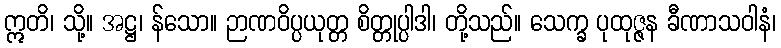
ဣတိ၊ သို့။ အဋ္ဌ၊ န်သော။ ဉာဏဝိပ္ပယုတ္တ စိတ္တုပ္ပါဒါ၊ တို့သည်။ သေက္ခ ပုထုဇ္ဇန ခီဏာသဝါနံ၊